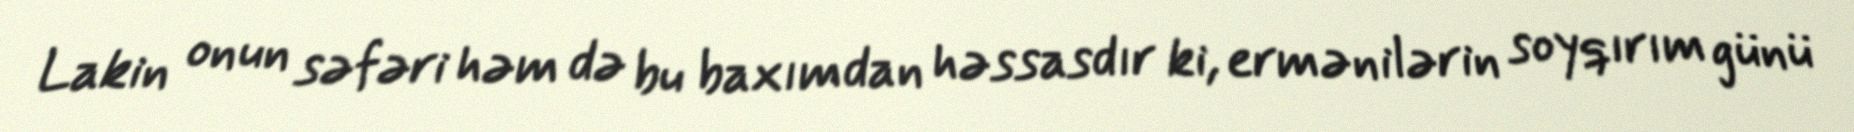
Lakin onun səfəri həm də bu baxımdan həssasdır ki, ermənilərin soyqırım günü